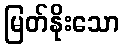
မြတ်နိုးသော